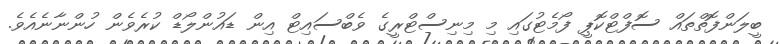
ބީލަންފޮތްތައް ސޮފްޓްކޮޕީ ފޯމެޓުގައި މި މިނިސްޓްރީގެ ވެބްސައިޓް އިން ޑައުންލޯޑް ކުރެވެން ހުންނާނެއެވެ.